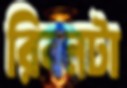
রিবনটা